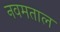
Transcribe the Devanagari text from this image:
नवमताल